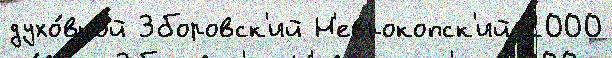
духо́вной Зборовск'ий Н'еврокопск'ий 2000